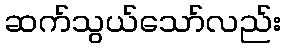
ဆက်သွယ်သော်လည်း